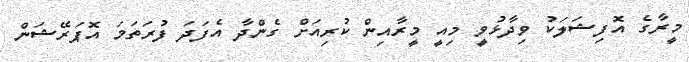
މީރާގެ އޮފިޝަލަކު ވިދާޅުވީ މިއީ މީރާއިން ކުރިއަށް ގެންދާ އެފަދަ ފުރަތަމަ އޮޕަރޭޝަން